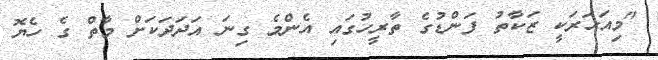
"މިއަހަރަކީ ޒަކާތު ފަންޑުގެ ތާރީހުގައި އެންމެ ގިނަ އަދަދަކަށް މާތް ގެ ހެޔޮ